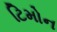
ટિમોન